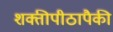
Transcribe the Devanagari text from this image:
शक्तीपीठापैकी